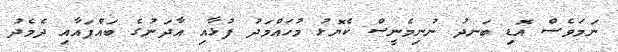
ނަމަވެސް އޮޑި ބަނދު ނުނިމެނީސް ކެޔޮޅު މުހައްމަދު ފުޅާއި އާދަނުގެ ބައްޕައާއި ދެމެދު